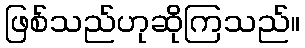
ဖြစ်သည်ဟုဆိုကြသည်။